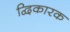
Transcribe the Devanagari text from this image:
द्विकारक